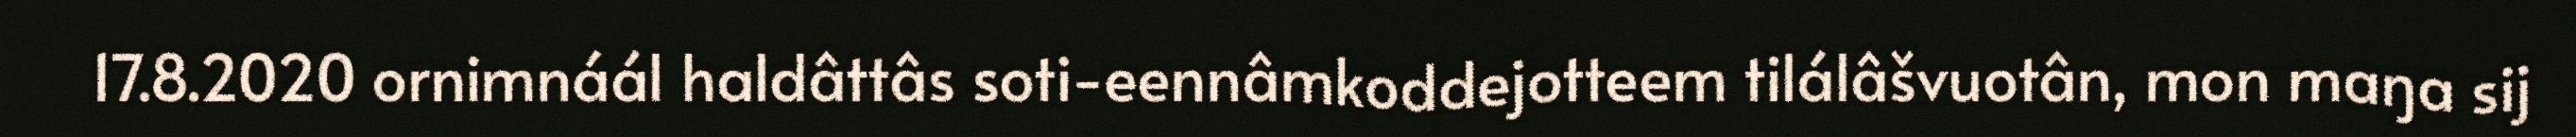
17.8.2020 ornimnáál haldâttâs soti-eennâmkoddejotteem tilálâšvuotân, mon maŋa sij